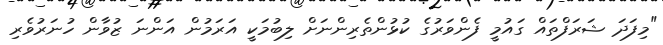
"މިފަދަ ޝަރަފްތައް ގައުމީ ފެންވަރުގެ ކުޅުންތެރިންނަށް ލިބުމަކީ އަރަމުން އަންނަ ޒުވާން ހުނަރުވެރި